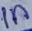
Text: 1n